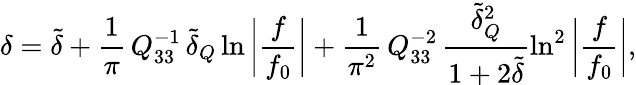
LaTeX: \delta=\tilde{\delta}+\frac{1}{\pi}\, Q_{33}^{-1}\, \tilde{\delta}_{Q}\ln{\bigg|\frac{f}{f_{0}}\bigg|}+\frac{1}{\pi^{2}}\, Q_{33}^{-2}\, \frac{\tilde{\delta}_{Q}^{2}}{1+2\tilde{\delta}}\ln^{2}{\bigg|\frac{f}{f_{0}}\bigg|},